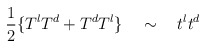
\begin{align*}\frac{1}{2}\{T^lT^d+T^dT^l\}\quad\sim\quad t^lt^d\end{align*}